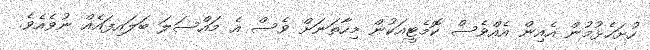
ހުށަހެޅުމުން އެއިން އެއްވެސް ކޮމެޓީއަކުން މިހާތަނަށް ވެސް އެ މައްސަލަ ބަލައިފައެއް ނުވެއެވެ.